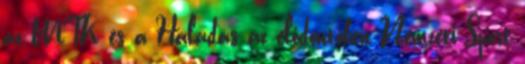
az MTK és a Haladás az elődöntőben Nemzeti Sport